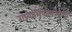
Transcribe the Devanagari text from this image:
राज्याभिषेकाआधी